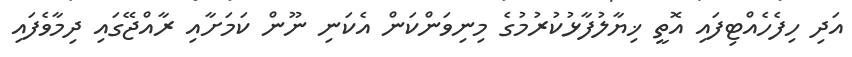
އަދި ހިފެހެއްޓިފައި އޮތީ ޚިޔާލުފާޅުކުރުމުގެ މިނިވަންކަން އެކަނި ނޫން ކަމަށާއި ރާއްޖޭގައި ދިމާވެފައި